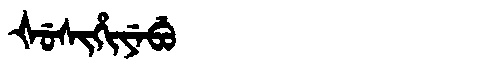
Manchu: ᡧᡠᠰᡳᡥᡳᠶᡝᠪᡠ
Romanization: ŠUSIHIYEBU